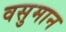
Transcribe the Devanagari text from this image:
वसुमान